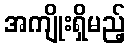
အကျိုးရှိမည့်